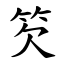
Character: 䇜